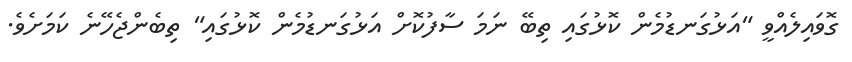
ގޮވައިލެއްވީ "އަޅުގަނޑުމެން ކޮޅުގައި ތިބޭ ނަމަ ސާފުކޮށް އަޅުގަނޑުމެން ކޮޅުގައި" ތިބެންޖެހޭނެ ކަމަށެވެ.